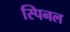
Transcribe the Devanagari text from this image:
स्पिनल